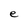
Character: e